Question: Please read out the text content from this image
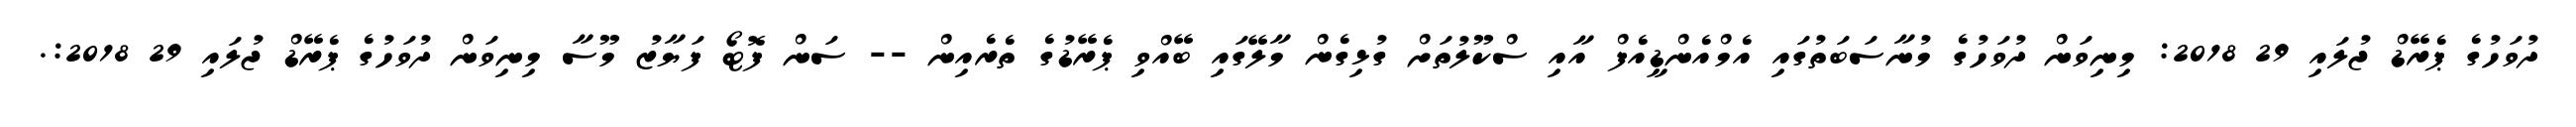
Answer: ދުވަހުގެ ޕެރޭޑް ޖުލައި 29 2018: މިނިވަން ދުވަހުގެ މުނާސަބަތުގައި އެމްއެންޑީއެފް އާއި ސްކޫލުތަށް ގުޅިގެން މާލޭގައި ބޭއްވި ޕެރޭޑުގެ ތެރެއިން -- ސަން ފޮޓޯ ފަޔާޒު މޫސާ މިނިވަން ދުވަހުގެ ޕެރޭޑް ޖުލައި 29 2018:.